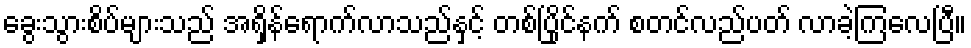
ခွေးသွားစိပ်များသည် အရှိန်ရောက်လာသည်နှင့် တစ်ပြိုင်နက် စတင်လည်ပတ် လာခဲ့ကြလေပြီ။